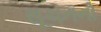
સૂચનનો